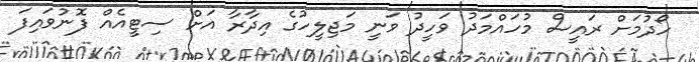
ހޯދުމަށް ރައީސް މުހައްމަދު ވަހީދު ވަނީ މަޖިލީހުގެ އިދާރާ އަށް ސިޓީއެއް ފޮނުވައިފަ